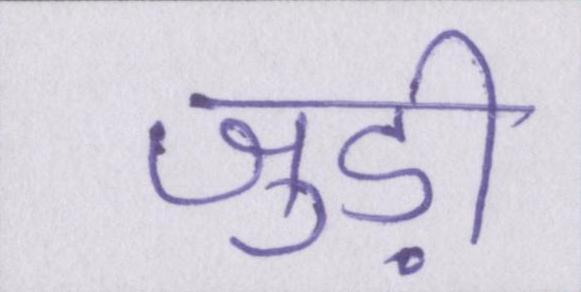
जुड़ी